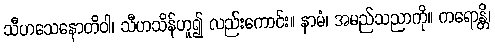
သီဟသေနောတိဝါ၊ သီဟသိန်ဟူ၍ လည်းကောင်း။ နာမံ၊ အမည်သညာကို။ ကရောန္တိ၊